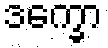
ဒက္ခော